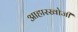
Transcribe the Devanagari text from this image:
आहारखोजी